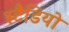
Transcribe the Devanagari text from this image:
स्टैडियो